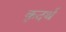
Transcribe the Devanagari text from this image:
कृदर्थ